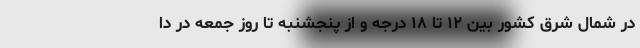
در شمال شرق کشور بین ۱۲ تا ۱۸ درجه و از پنجشنبه تا روز جمعه در دا